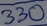
Text: 330